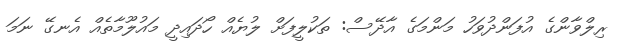
ރިލްވާންގެ އުފަންދުވަހު މަންމަގެ އާދޭސް: ތަކުލީފަށް ލުޔެއް ހޯދައިދީ މައުލޫމާތެއް އެނގޭ ނަމަ